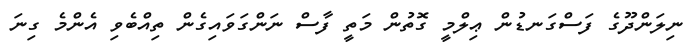
ނިލަންދޫގެ ފަސްގަނޑުން ޢިލްމީ ގޮތުން މަތީ ފާސް ނަންގަވައިގެން ތިއްބެވި އެންމެ ގިނަ